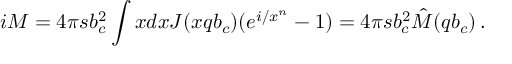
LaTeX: i { \cal M } = 4 \pi s b _ { c } ^ { 2 } \int x d x J ( x q b _ { c } ) ( e ^ { i / x ^ { n } } - 1 ) = 4 \pi s b _ { c } ^ { 2 } \hat { \cal M } ( q b _ { c } ) \, .